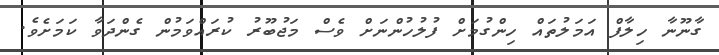
ގާނޫނާ ހިލާފް އަމަލުތައް ހިންގުމަށް ފުލުހުންނަށް ވެސް މަޖުބޫރު ކުރައްވަމުން ގެންދަވާ ކަމަށެވެ.